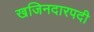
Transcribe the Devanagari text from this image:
खजिनदारपदी